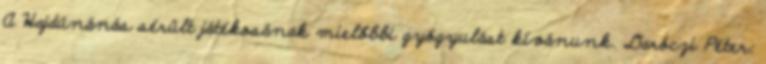
A Hajdúnánás sérült játékosának mielőbbi gyógyulást kívánunk. Daróczi Péter: